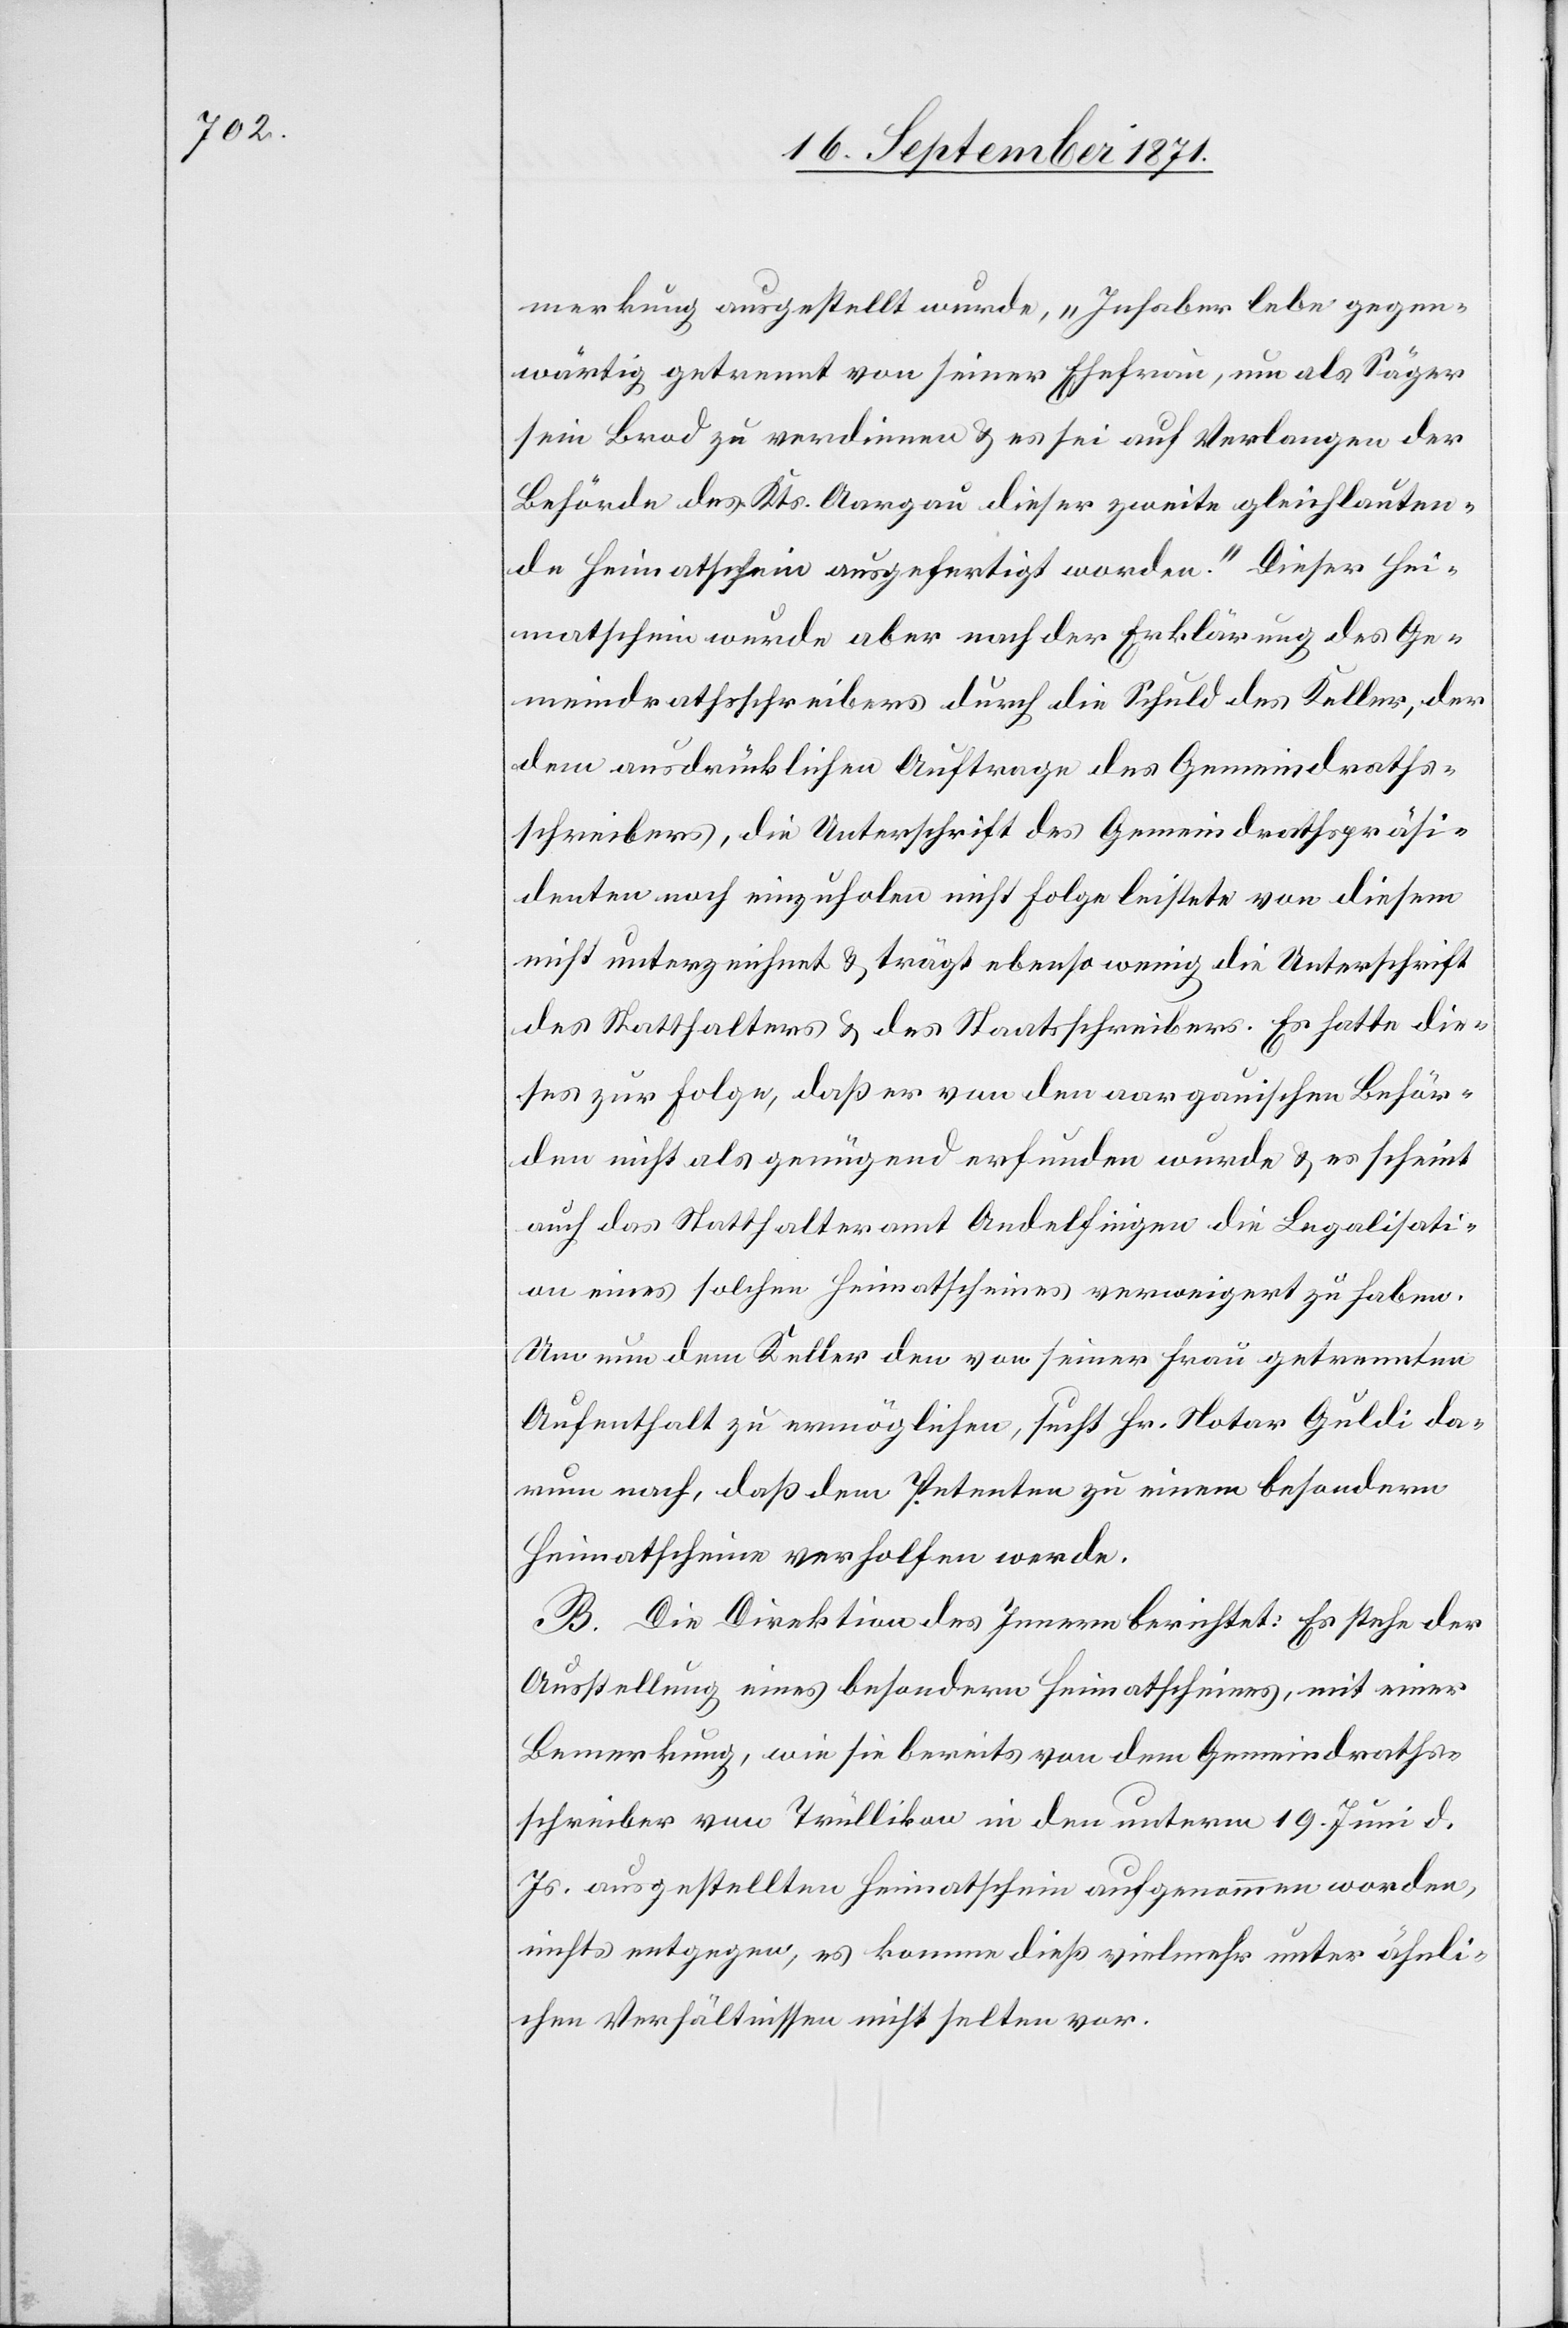
merkung ausgestellt wurde, „Inhaber lebe gegen¬
wärtig getrennt von seiner Ehefrau, um als Säger
sein Brod zu verdienen & es sei auf Verlangen der
Behörde des Kts. Aargau dieser zweite gleichlauten¬
de Heimatschein ausgefertigt worden.“ Dieser Hei¬
matschein wurde aber nach der Erklärung des Ge¬
meindrathsschreibers durch die Schuld des Keller, der
dem ausdrücklichen Auftrage des Gemeindraths¬
schreibers, die Unterschrift des Gemeindrathspräsi¬
denten noch einzuholen nicht Folge leistete von diesem
nicht unterzeichnet & trägt ebenso wenig die Unterschrift
des Statthalters & des Staatsschreibers. Es hatte die¬
ses zur Folge, daß er von den aargauischen Behör¬
den nicht als genügend erfunden wurde & es scheint
auch das Statthalteramt Andelfingen die Legalisati¬
on eines solchen Heimatscheines verweigert zu haben.
Um nun dem Keller den von seiner Frau getrennten
Aufenthalt zu ermöglichen, sucht Hr. Notar Guldi da¬
rum nach, daß dem Petenten zu einem besondern
Heimatschein verholfen werde.
B. Die Direktion des Innern berichtet: Es stehe der
Ausstellung eines besondern Heimatscheins, mit einer
Bemerkung, wie sie bereits von dem Gemeindraths¬
schreiber von Trüllikon in den unterm 19. Juni d.
Js. ausgestellten Heimatschein aufgenommen worden,
nichts entgegen, es komme dieß vielmehr unter ähnli¬
chen Verhältnissen nicht selten vor.